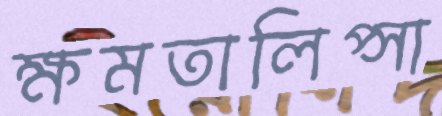
ক্ষমতালিপ্সা